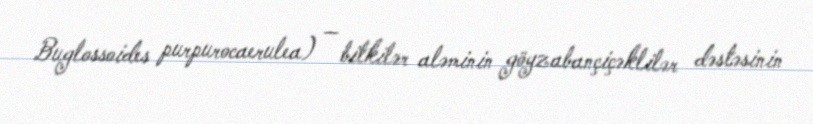
Buglossoides purpurocaerulea) — bitkilər aləminin göyzabançiçəklilər dəstəsinin